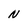
Character: N